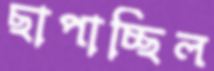
ছাপাচ্ছিল